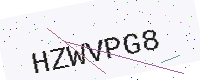
Text: HZWVPG8